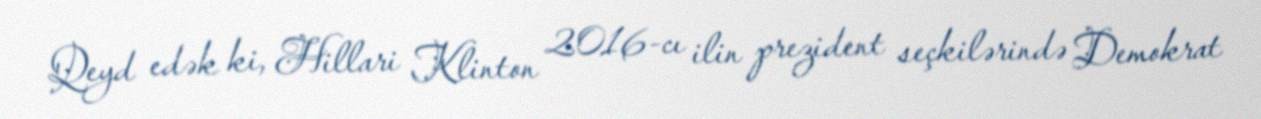
Qeyd edək ki, Hillari Klinton 2016-cı ilin prezident seçkilərində Demokrat